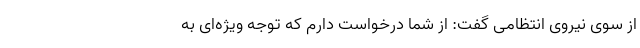
از سوی نیروی انتظامی گفت: از شما درخواست دارم که توجه ویژه‌ای به